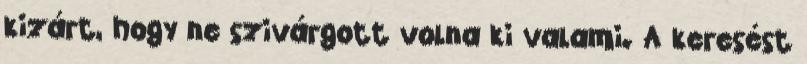
kizárt, hogy ne szivárgott volna ki valami. A keresést